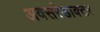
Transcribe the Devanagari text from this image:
अवसरेडाक्टर